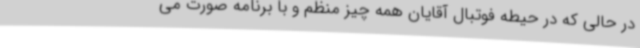
در حالی که در حیطه فوتبال آقایان همه چیز منظم و با برنامه صورت می